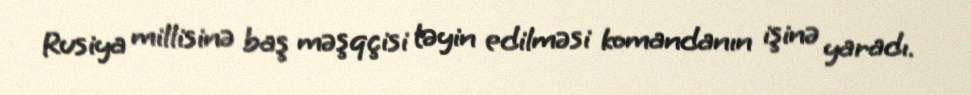
Rusiya millisinə baş məşqçisi təyin edilməsi komandanın işinə yaradı.